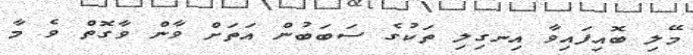
މޭލި ބޮއިފައިވާ އިނގިލި ތަކުގެ ސަބަބުން އަތަށް ވާން ވާގޮތް ވެ މާ